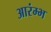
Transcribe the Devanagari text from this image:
आरंम्भ